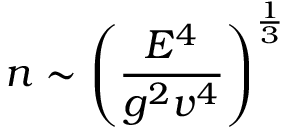
n \sim \left( \frac { E ^ { 4 } } { g ^ { 2 } v ^ { 4 } } \right) ^ { \frac { 1 } { 3 } }